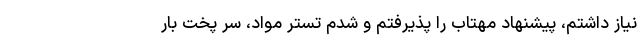
نیاز داشتم، پیشنهاد مهتاب را پذیرفتم و شدم تستر مواد، سر پخت بار